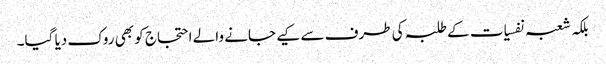
بلکہ شعبہ نفسیات کے طلبہ کی طرف سے کیے جانے والے احتجاج کو بھی روک دیا گیا۔